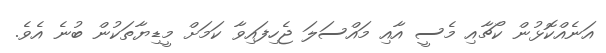
އަނެއްކޮޅުން ކޯޗާއި މެސީ އާއި މައްސަލަ ޖެހިފައިވާ ކަމަށް މީޑިޔާތަކުން ބުނެ އެވެ.